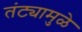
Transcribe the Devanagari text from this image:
तंट्यामुळे